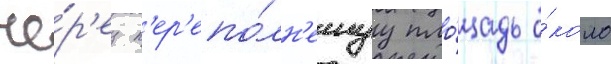
че́р'ез п'ер'епо́лн'еннуу пло́щадь о́коло